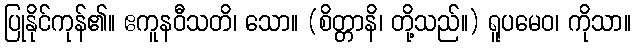
ပြုနိုင်ကုန်၏။ ဧကူနဝီသတိ၊ သော။ (စိတ္တာနိ၊ တို့သည်။) ရူပမေဝ၊ ကိုသာ။